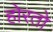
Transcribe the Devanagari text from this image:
होरतो